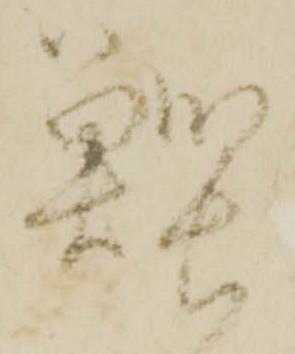
鰹